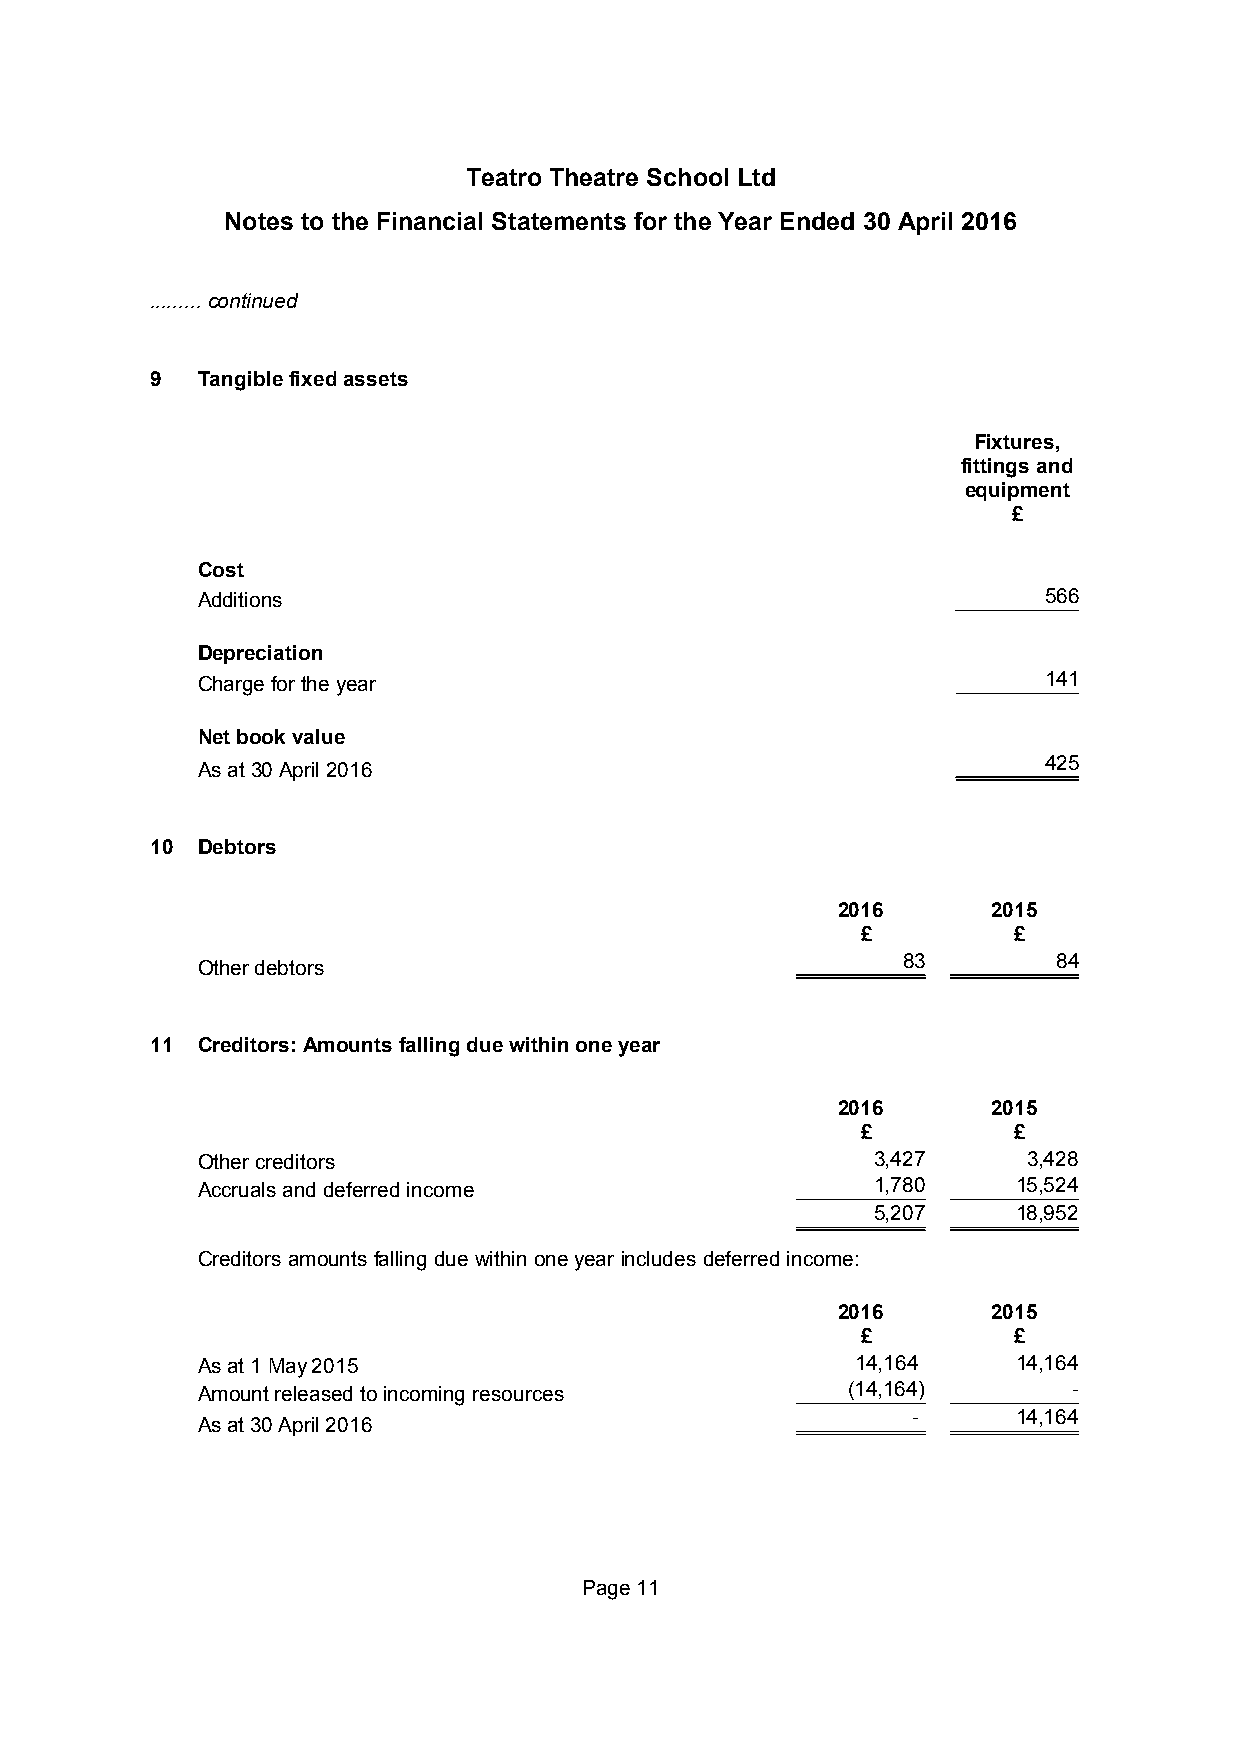
Teatro Theatre School Ltd
 Notes to the Financial Statements for the Year Ended 30 April 2016
 .........continued
 9  Tangiblefixedassets
 Fixtures,
 fittings and
 equipment
 £
 Cost
 Additions                                               566
 Depreciation
 Charge for the year                                     141
 Net book value
 425
 As at30 April 2016
 10 Debtors
 2016       2015
 £         £
 83        84
 Other debtors
 11 Creditors:Amounts fallingduewithinoneyear
 2016       2015
 £         £
 Other creditors                              3,427     3,428
 Accruals and deferred income                 1,780    15,524
 5,207    18,952
 Creditorsamountsfallingduewithin oneyear includes deferredincome:
 2016       2015
 £         £
 As at 1 May 2015                            14,164    14,164
 Amount released to incoming resources      (14,164)       -
 -      14,164
 As at 30 April 2016
 Page11